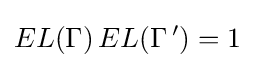
EL(\Gamma )\,EL(\Gamma \,')=1